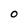
Character: O